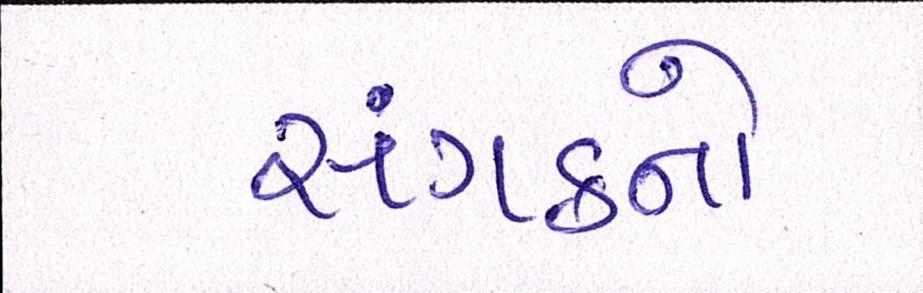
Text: સંગઠનો